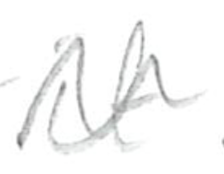
Text: it
Cross-out: zig-zag
Writing tool: pencil